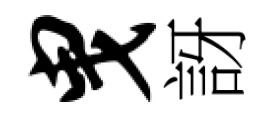
曳訝